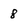
Character: 8